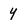
Character: y